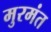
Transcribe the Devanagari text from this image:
मुरमंत